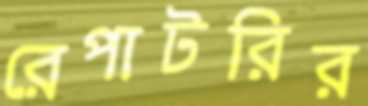
রেপাটরির